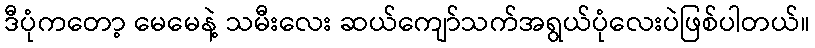
ဒီပုံကတော့ မေမေနဲ့ သမီးလေး ဆယ်ကျော်သက်အရွယ်ပုံလေးပဲဖြစ်ပါတယ်။